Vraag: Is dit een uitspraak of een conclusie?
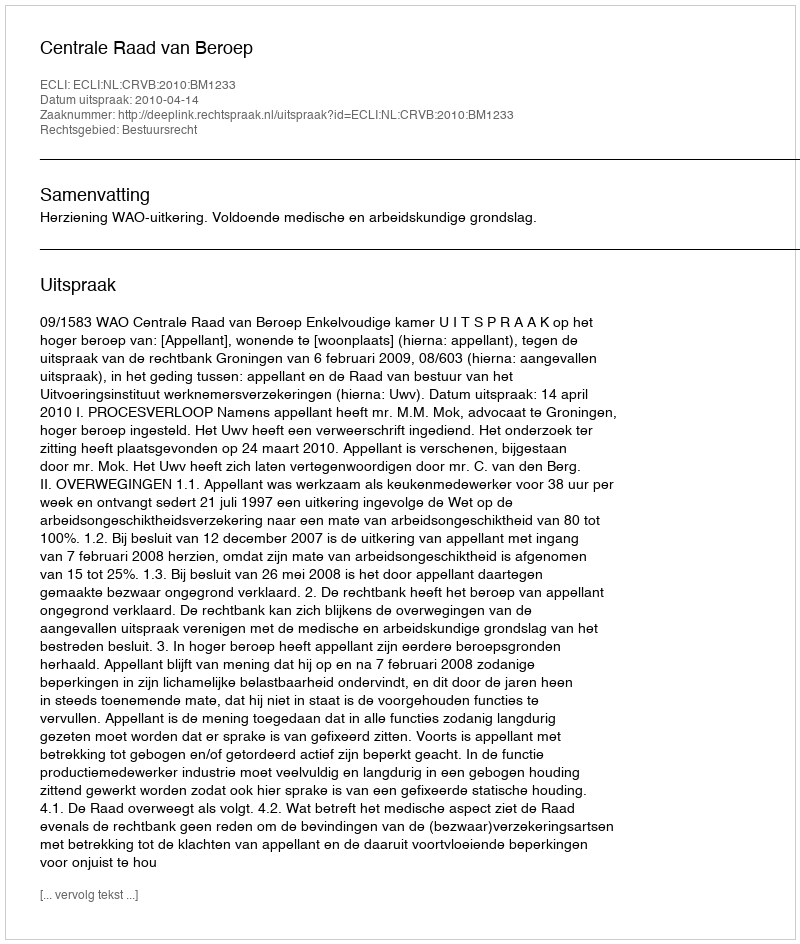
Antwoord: Uitspraak